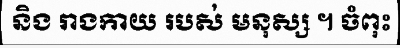
និង រាងកាយ របស់ មនុស្ស ។ ចំពុះ